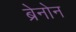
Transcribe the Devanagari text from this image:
ब्रेनोन